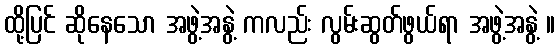
ထို့ပြင် ဆိုနေသော အဖွဲ့အနွဲ့ ကလည်း လွမ်းဆွတ်ဖွယ်ရာ အဖွဲ့အနွဲ့ ။